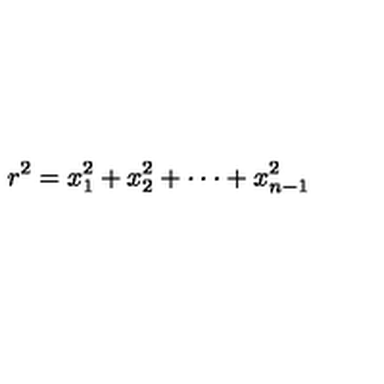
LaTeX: r ^ { 2 } = x _ { 1 } ^ { 2 } + x _ { 2 } ^ { 2 } + \cdot \cdot \cdot + x _ { n - 1 } ^ { 2 }